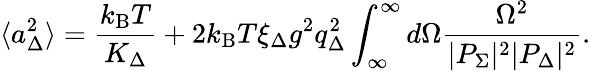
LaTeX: \langle a_{\Delta}^{2}\rangle=\frac{k_{\mathrm{B}}T}{K_{\Delta}}+2k_{\mathrm{B}}T\xi_{\Delta}g^{2}q_{\Delta}^{2}\int_{\infty}^{\infty}d\Omega\frac{\Omega^{2}}{|P_{\Sigma}|^{2}|P_{\Delta}|^{2}}.